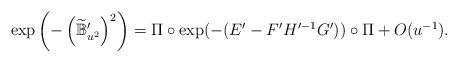
LaTeX: \begin{align*}\exp\left(-\left(\widetilde{\mathbb{B}}_{u^2}'\right)^2\right)=\Pi\circ\exp(-(E'-F'H'^{-1}G'))\circ\Pi+O(u^{-1}).\end{align*}